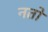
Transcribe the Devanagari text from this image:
नतो